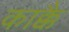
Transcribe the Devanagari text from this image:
काक्कै